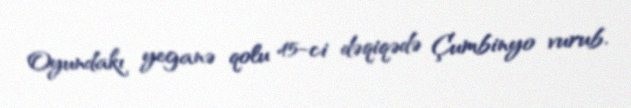
Oyundakı yeganə qolu 45-ci dəqiqədə Çumbinyo vurub.